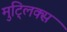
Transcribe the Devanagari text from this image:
मुट्लिक्स